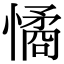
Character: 憰